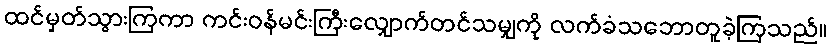
ထင်မှတ်သွားကြကာ ကင်းဝန်မင်းကြီးလျှောက်တင်သမျှကို လက်ခံသဘောတူခဲ့ကြသည်။